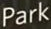
Park